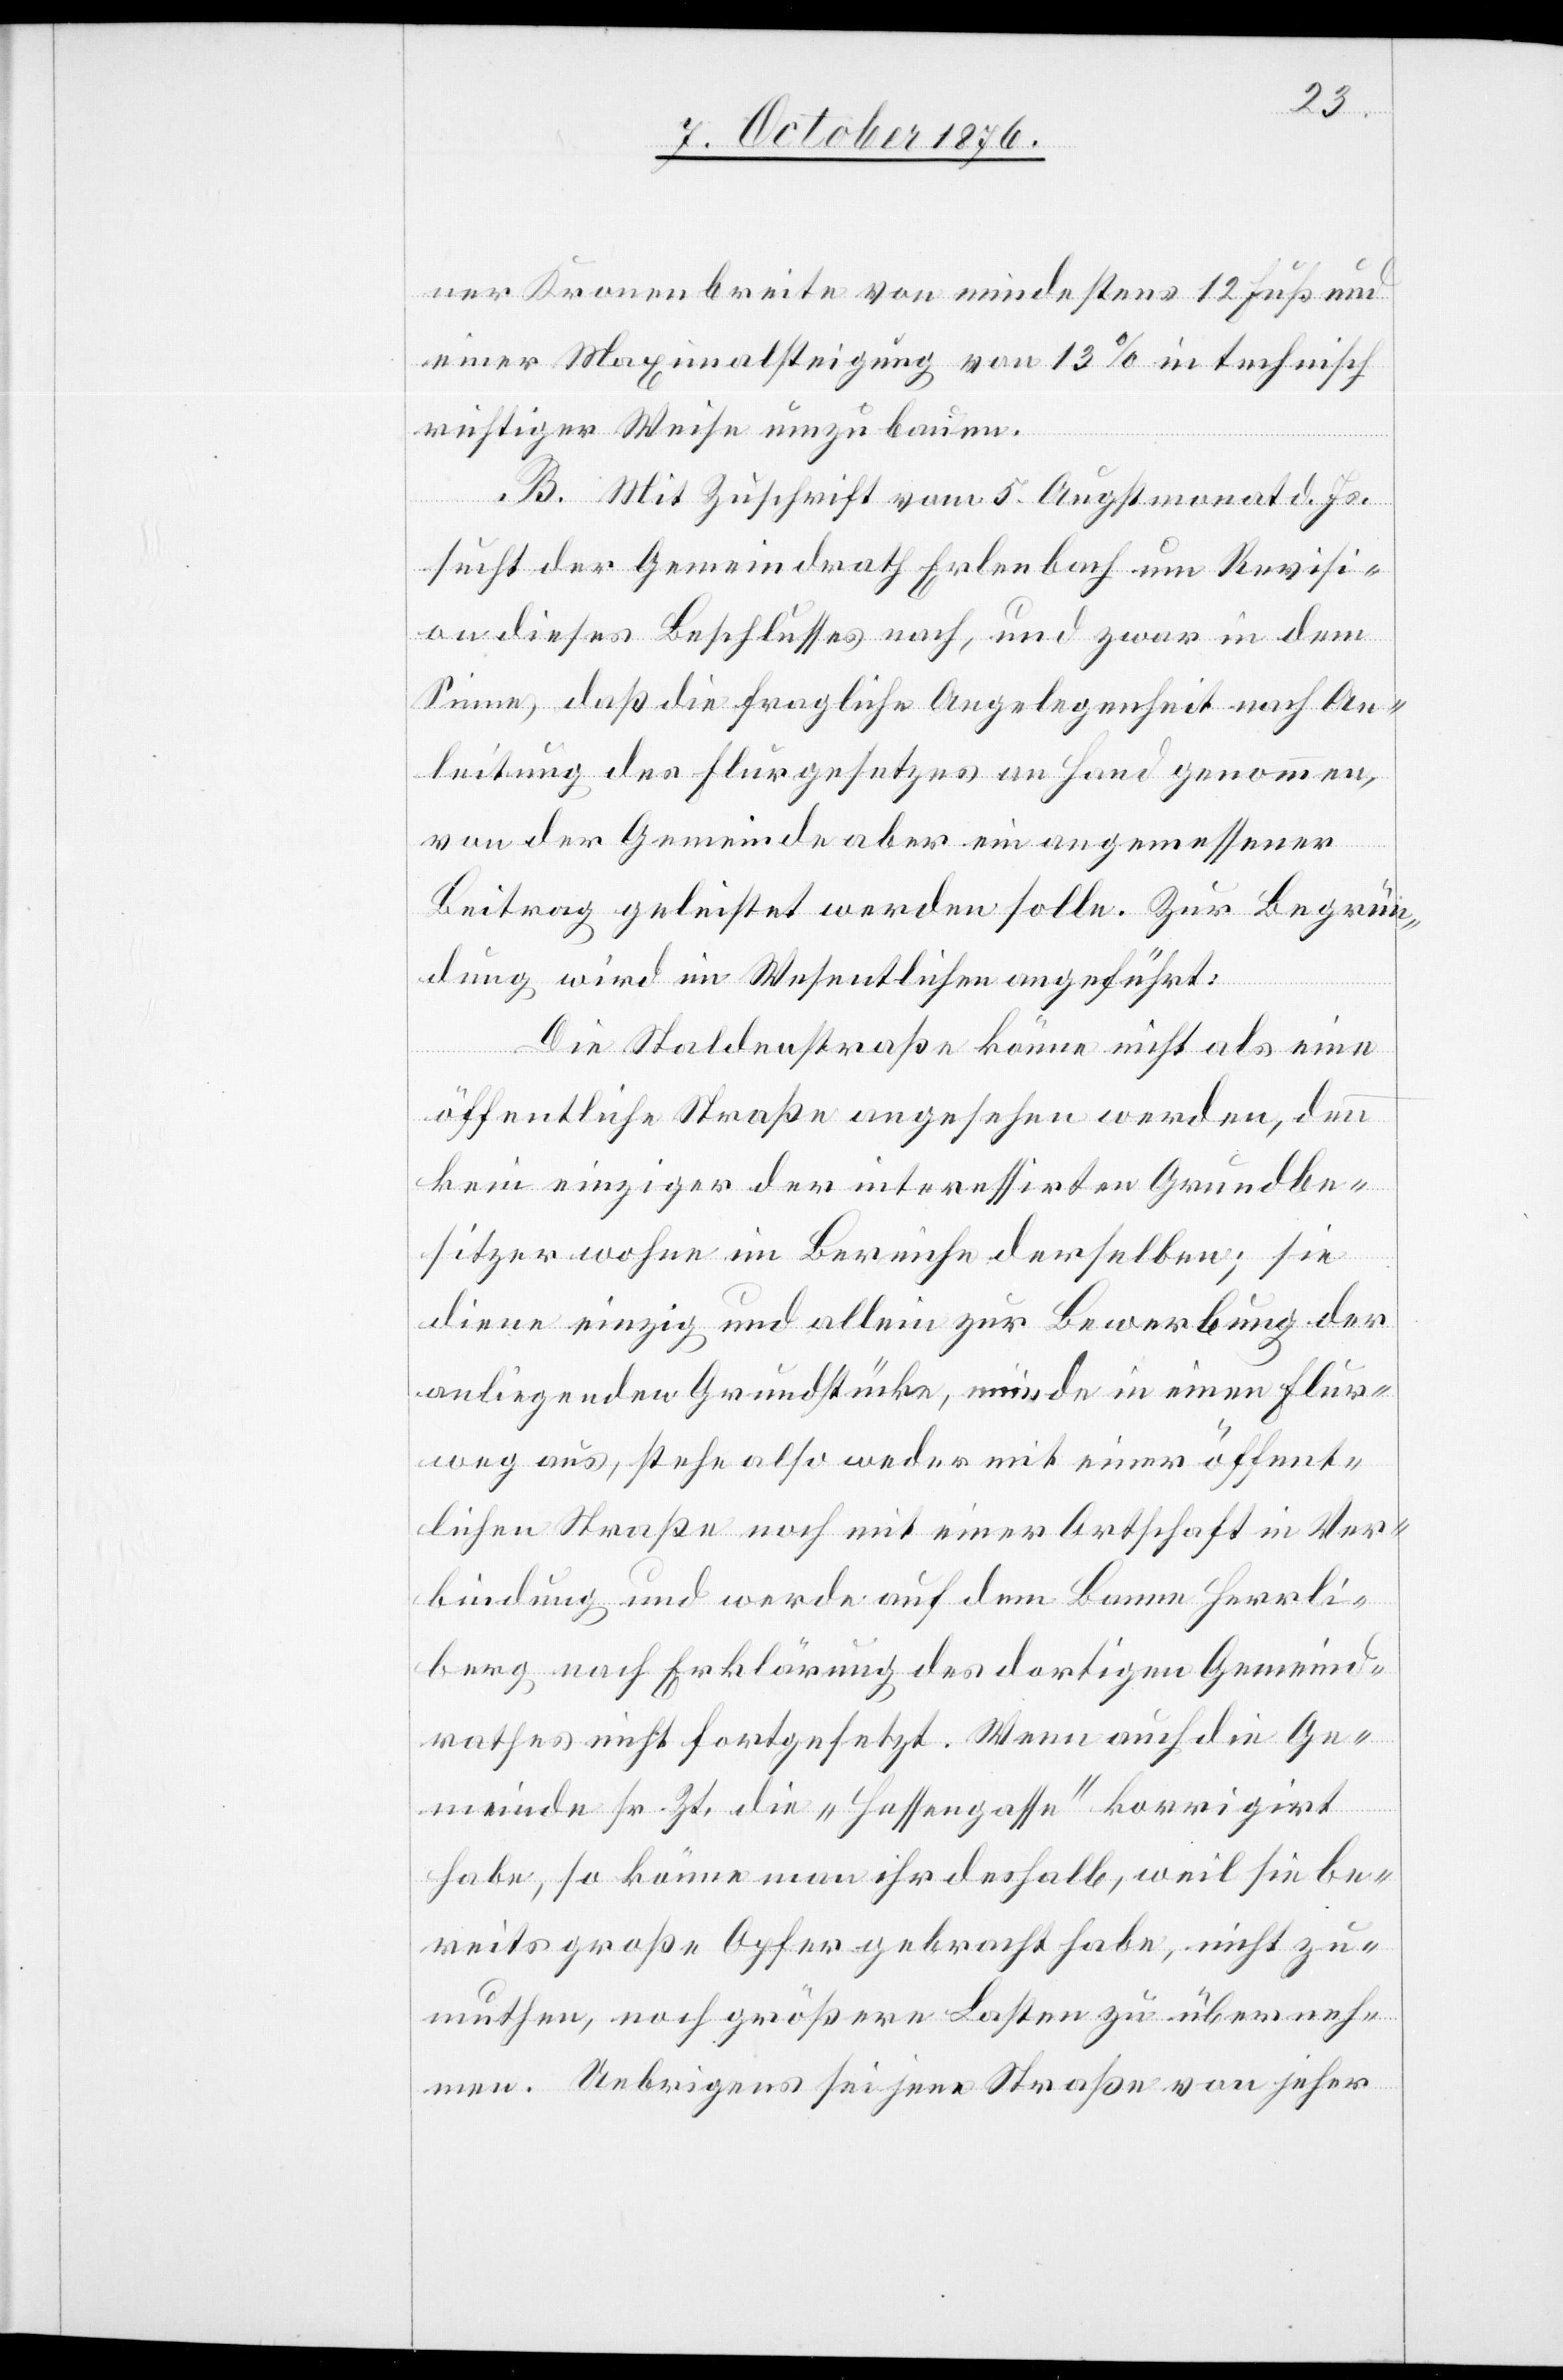
ner Kronenbreite von mindestens 12 Fuß und
einer Maximalsteigung von 13% in technisch
richtiger Weise umzubauen.
B. Mit Zuschrift vom 5. Augstmonat d. Js.
sucht der Gemeindrath Erlenbach um Revisi¬
on dieses Beschlusses nach, und zwar in dem
Sinne, daß die fragliche Angelegenheit nach An¬
leitung des Flurgesetzes an Hand genommen,
von der Gemeinde aber ein angemessener
Beitrag geleistet werden solle. Zur Begrün¬
dung wird im Wesentlichen angeführt:
Die Staldenstraße könne nicht als eine
öffentliche Straße angesehen werden, denn
kein einziger der interessirten Grundbe¬
sitzer wohne im Bereiche derselben; sie
diene einzig und allein zur Bewerbung der
anliegenden Grundstücke, münde in einen Flur¬
weg aus, stehe also weder mit einer öffent¬
lichen Straße noch mit einer Ortschaft in Ver¬
bindung und werde auf dem Banne Herrli¬
berg nach Erklärung des dortigen Gemeind¬
rathes nicht fortgesetzt. Wenn auch die Ge¬
meinde sr. Zt. die „Hessengasse“ korrigirt
habe, so könne man ihr deshalb, weil sie be¬
reits große Opfer gebracht habe, nicht zu¬
muthen, noch größere Lasten zu überneh¬
men. Uebrigens sei jene Straße von jeher